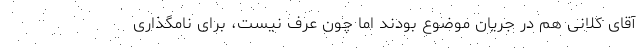
آقای کلانی هم در جریان موضوع بودند اما چون عرف نیست، برای نامگذاری